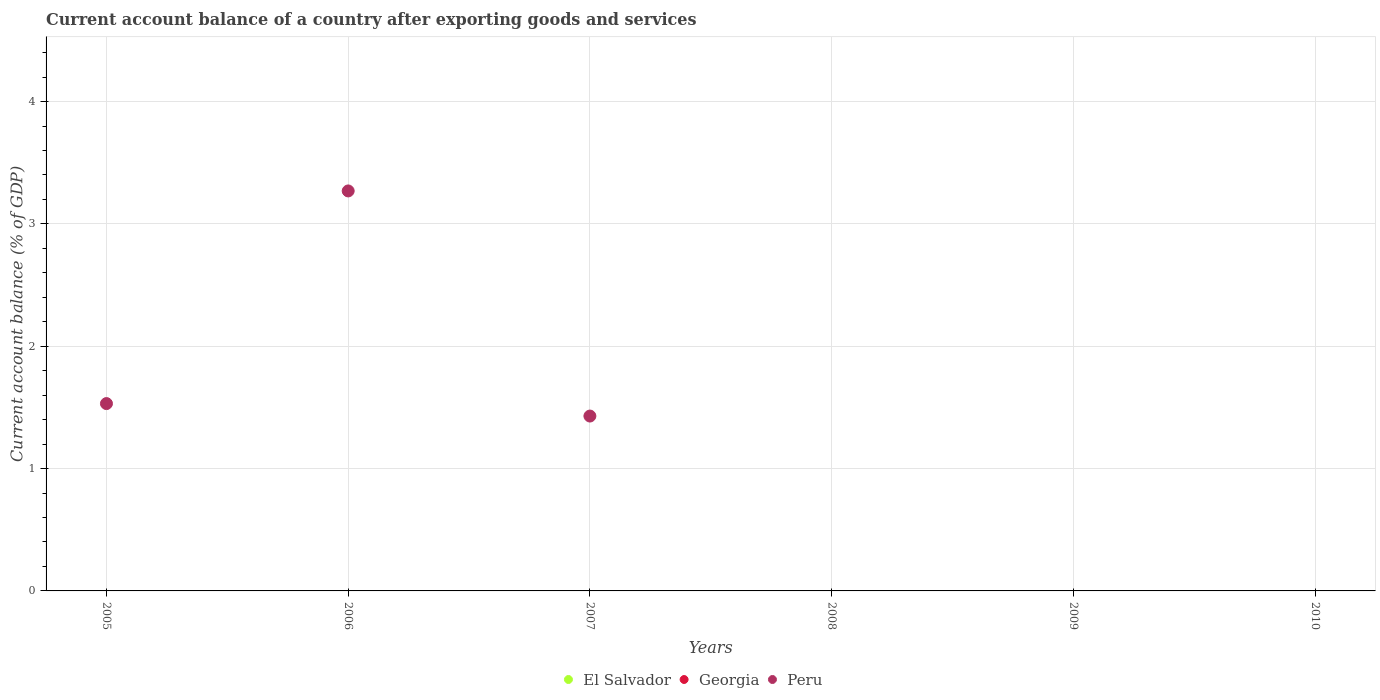
| Years | El Salvador | Georgia | Peru |
 | --- | --- | --- | --- |
 | 2005 | -3.64 | -10.8 | 1.53 |
 | 2006 | -4.13 | -15.4 | 3.27 |
 | 2007 | -6.05 | -19.6 | 1.43 |
 | 2008 | -7.15 | -22 | -4.37 |
 | 2009 | -1.51 | -10.6 | -0.596 |
 | 2010 | -2.49 | -10.3 | -2.55 |